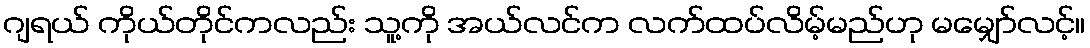
ဂျရယ် ကိုယ်တိုင်ကလည်း သူ့ကို အယ်လင်က လက်ထပ်လိမ့်မည်ဟု မမျှော်လင့်။